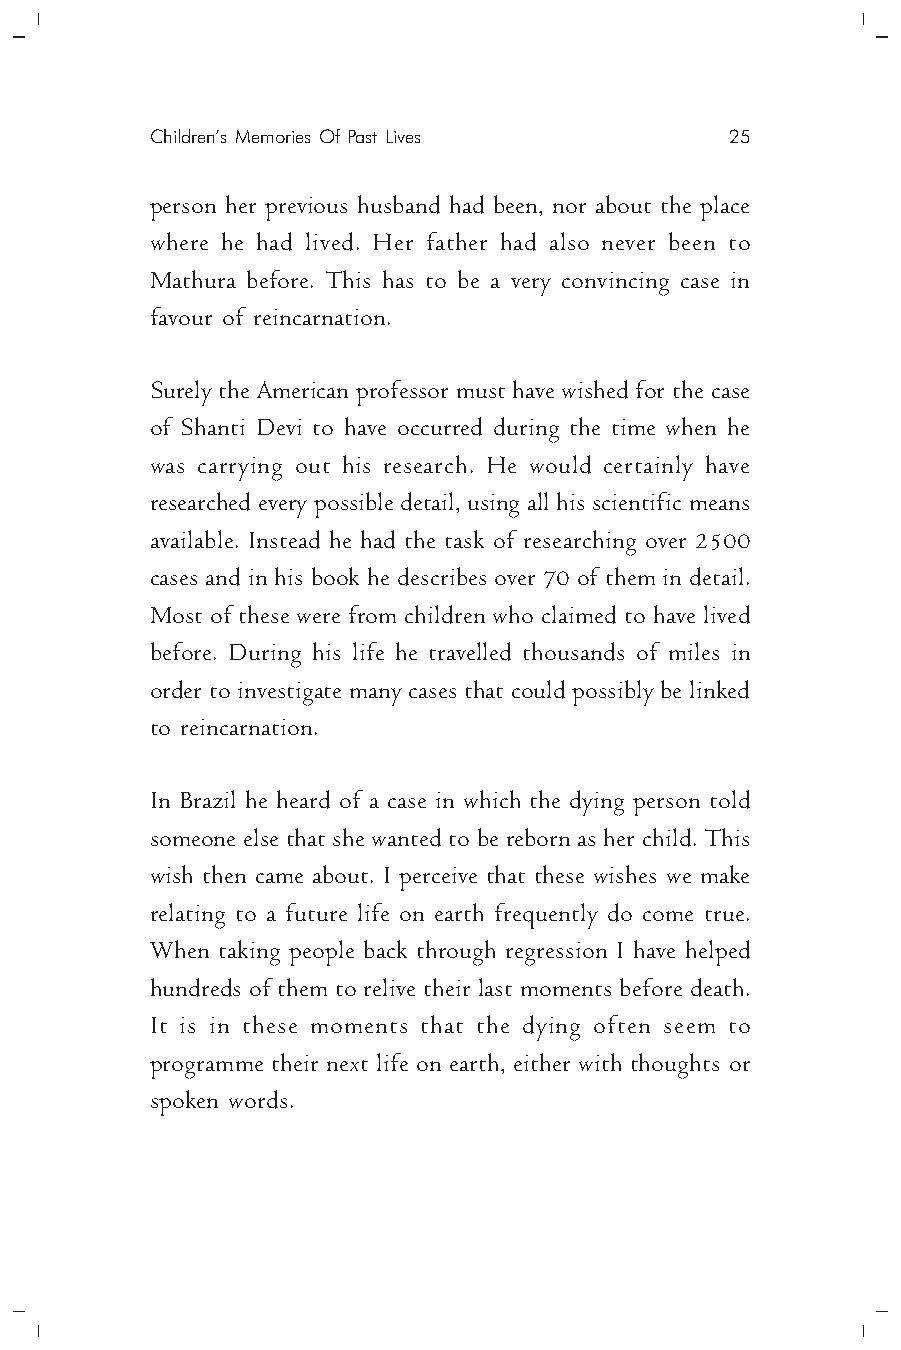
Children’s Memories Of Past Lives     25
 person her previous husband had been, nor about the place
 where he had lived. Her father had also never been to
 Mathura before. This has to be a very convincing case in
 favour of reincarnation.
 Surely the American professor must have wished for the case
 of Shanti Devi to have occurred during the time when he
 was carrying out his research. He would certainly have
 researched every possible detail, using all his scientific means
 available. Instead he had the task of researching over 2500
 cases and in his book he describes over 70 of them in detail.
 Most of these were from children who claimed to have lived
 before. During his life he travelled thousands of miles in
 order to investigate many cases that could possibly be linked
 to reincarnation.
 In Brazil he heard of a case in which the dying person told
 someone else that she wanted to be reborn as her child. This
 wish then came about. I perceive that these wishes we make
 relating to a future life on earth frequently do come true.
 When taking people back through regression I have helped
 hundreds of them to relive their last moments before death.
 It is in these moments that the dying often seem to
 programme their next life on earth, either with thoughts or
 spoken words.